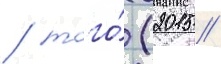
/ того́ (2015 /